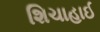
શિચાહાઈ